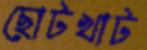
ছোটখাট